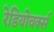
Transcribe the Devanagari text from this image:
रेडियोवर्क्स